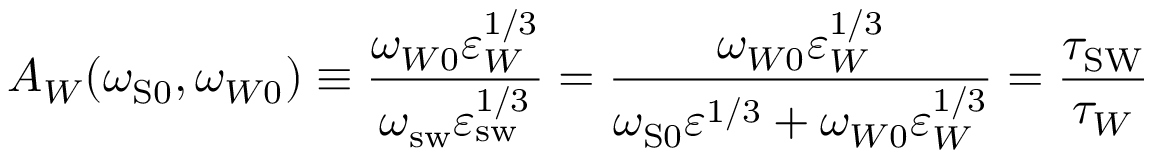
A _ { W } ( \omega _ { \mathrm { { S } 0 } } , \omega _ { W 0 } ) \equiv \frac { \omega _ { W 0 } \varepsilon _ { W } ^ { 1 / 3 } } { \omega _ { \mathrm { s w } } \varepsilon _ { \mathrm { { s w } } } ^ { 1 / 3 } } = \frac { \omega _ { W 0 } \varepsilon _ { W } ^ { 1 / 3 } } { \omega _ { \mathrm { S } 0 } \varepsilon ^ { 1 / 3 } + \omega _ { W 0 } \varepsilon _ { W } ^ { 1 / 3 } } = \frac { \tau _ { \mathrm { { S W } } } } { \tau _ { W } }